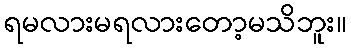
ရမလားမရလားတော့မသိဘူး။